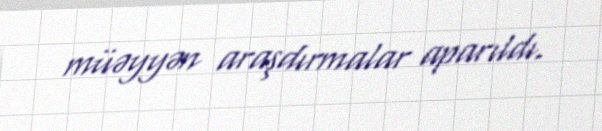
müəyyən araşdırmalar aparıldı.